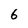
Character: 6